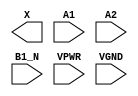
module sky130_fd_sc_hs__a21bo (
    X   ,
    A1  ,
    A2  ,
    B1_N,
    VPWR,
    VGND
);

    output X   ;
    input  A1  ;
    input  A2  ;
    input  B1_N;
    input  VPWR;
    input  VGND;
endmodule